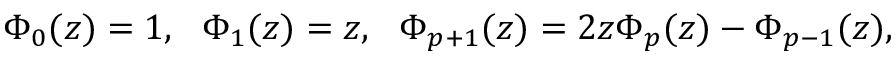
\Phi _ { 0 } ( z ) = 1 , \ \ \Phi _ { 1 } ( z ) = z , \ \ \Phi _ { p + 1 } ( z ) = 2 z \Phi _ { p } ( z ) - \Phi _ { p - 1 } ( z ) ,